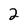
Character: 2